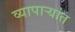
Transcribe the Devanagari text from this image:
व्यापाऱ्यांत